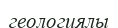
геологиялы